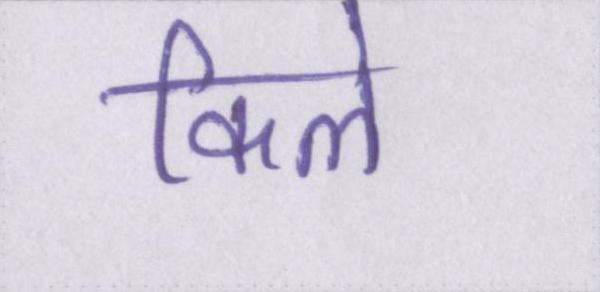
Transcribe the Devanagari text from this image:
किले